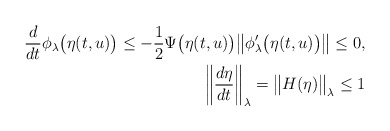
\begin{align*} \frac{d}{dt} \phi_\lambda \big( \eta(t,u) \big) \le - \frac{1}{2} \Psi \big( \eta(t,u) \big) \big\| \phi'_\lambda \big( \eta(t,u) \big) \big\| \le 0, \\ \left\| \frac{d \eta}{dt} \right\|_\lambda = \big\| H(\eta) \big\|_\lambda \le 1\end{align*}